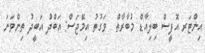
އިންޓަރ އޮފީސް ބިލިއާޑް މުބާރާތް  ވަގުތު އިމޭޖަސް: އަބްދު އަބީދު ތިންވަނަ